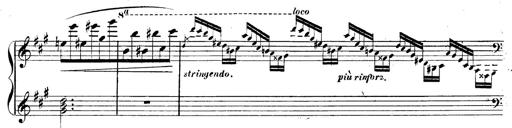
Title: 3 Caprices-Valses
Composer: Franz Liszt